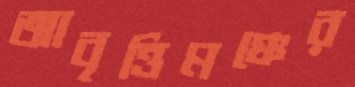
আবৃত্তিমঞ্চের